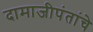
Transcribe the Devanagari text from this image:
दामाजीपंतांचे